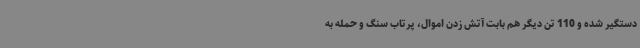
دستگیر شده و 110 تن دیگر هم بابت آتش زدن اموال، پرتاب سنگ و حمله به